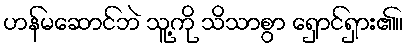
ဟန်မဆောင်ဘဲ သူ့ကို သိသာစွာ ရှောင်ရှား၏။